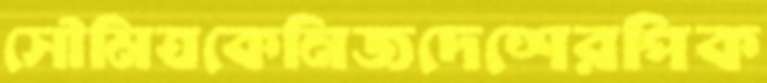
সৌমিত্রকেনিজদেশেরপিক